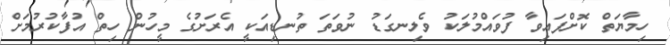
ހިމާޔަތް ކޮށްފައިވާ ފުވައްމުލަކު ވެލިނގަޑު ނުވަތަ ތުނޑިއަކީ އެރަށުގެ މީހުން ހިތް އުފާކުރުމަށް